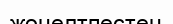
жөнелтпестен